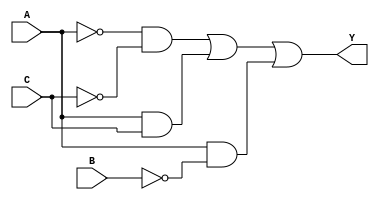
//Universidad del Valle Digital 1
//Rodrigo Jos Garca Ambrosy Carne:19085
//Tablas Ejercicio 1
//Gate Level Modeling Tablas

//Inicio Tabla 1

module GateLvl_1(input wire A, B, C, output wire Y);
//Nots
    wire n1, n2, n3; 
//Salidas
    wire w1, w2, w3;

//Operadores
    not (n1, A);
    not (n2, B);
    not (n3, C);
    and (w1, n1, n3);
    and (w2, A, C);
    and (w3, A, n2);
    or  (Y, w1, w2, w3);
endmodule   

//Inicio Tabla 2

module GateLvl_2(input wire A, B, C, output wire Y);
//Nots
    wire n2;
//Salida solo es 'Y'

//Operadores
    not (n2, B);
    or  (Y, n2);
endmodule   

//Inicio Tabla 3

module GateLvl_3(input wire A, B, C, D, output wire Y);

//Nots
    wire n1, n2, n3, n4;
//Salidas
    wire w1, w2, w3, w4, w5, w6, w7, w8;

//Operadores
    not (n1, A);
    not (n2, B);
    not (n3, C);
    not (n4, D);
    and (w1, n1, n2, n3, n4);
    and (w2, A, B, n3, n4);
    and (w3, n1, B, n3, D);
    and (w4, A, n2, n3, D);
    and (w5, n1, n2, C, D);
    and (w6, A, B, C, D);
    and (w7, n1, B, C, n4);
    and (w8, A, n2, C, n4);
    or  (Y, w1, w2, w3, w4, w5, w6, w7, w8);
endmodule

//Inicio Tabla 4

module GateLvl_4(input wire A, B, C, D, output wire Y);

//Nots
    wire n3, n4;
//Salidas
    wire w1, w2, w3;

//Operadores
    not (n3, C);
    not (n4, D);
    and (w1, A, n3, n4);
    and (w2, A, B);
    and (w3, A, C);
    or  (Y, w1, w2, w3);
endmodule

//Inicio Configuracion Operadores Logicos Tablas Ejercicio 2

//Tabla 1
module Logic_Lvl_1(input wire A, B, C, D, output wire Y);

    assign Y = (~B & ~C & ~D) | (A & ~C) | (A & ~D) | (A & ~B);

endmodule

//Tabla 2
module Logic_Lvl_2(input wire A, B, C, output wire Y);

    assign Y = (~B) | (C);

endmodule

//Tabla 3
module Logic_Lvl_3(input wire A, B, C, D, output wire Y);

    assign Y = (~B & ~C & D) | (B) | (A & D);

endmodule

//Tabla 4
module Logic_Lvl_4(input wire A, B, C, output wire Y);

    assign Y = (~A & ~C) | (B);

endmodule